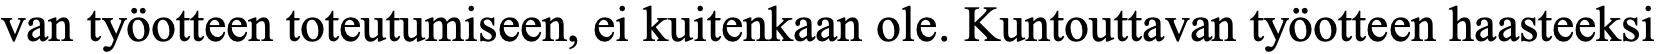
van työotteen toteutumiseen, ei kuitenkaan ole. Kuntouttavan työotteen haasteeksi